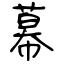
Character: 幕